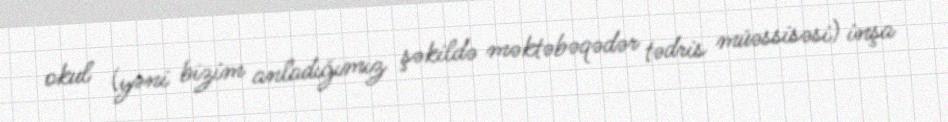
okul (yəni bizim anladığımız şəkildə məktəbəqədər tədris müəssisəsi) inşa